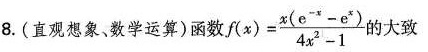
8. (直观想象、数学运算)函数$$f(x) = \frac{x(e^{-x}-e^{x})}{4x^{2}-1}$$大致